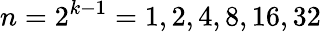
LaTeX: n=2^{k-1}=1,2,4,8,16,32